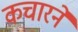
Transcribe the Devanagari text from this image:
कचारने